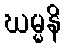
ဃမ္မနိ